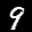
Label: 9